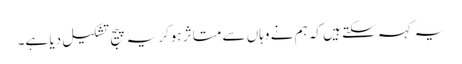
یہ کہہ سکتے ہیں کہ ہم نے وہاں سے متاثر ہوکر یہ پیج تشکیل دیا ہے۔